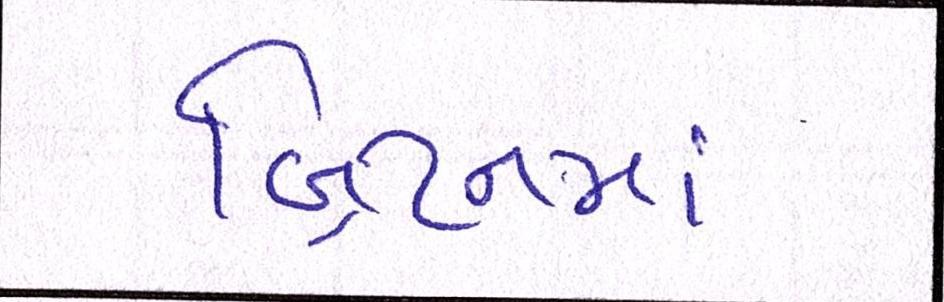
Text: બ્રિટનમાં